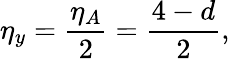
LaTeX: \eta_{y}=\frac{\eta_{A}}{2}=\frac{4-d}{2},